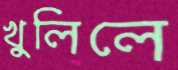
খুলিলে